Jaan_Tonisson_(Lasteleht), lk 135
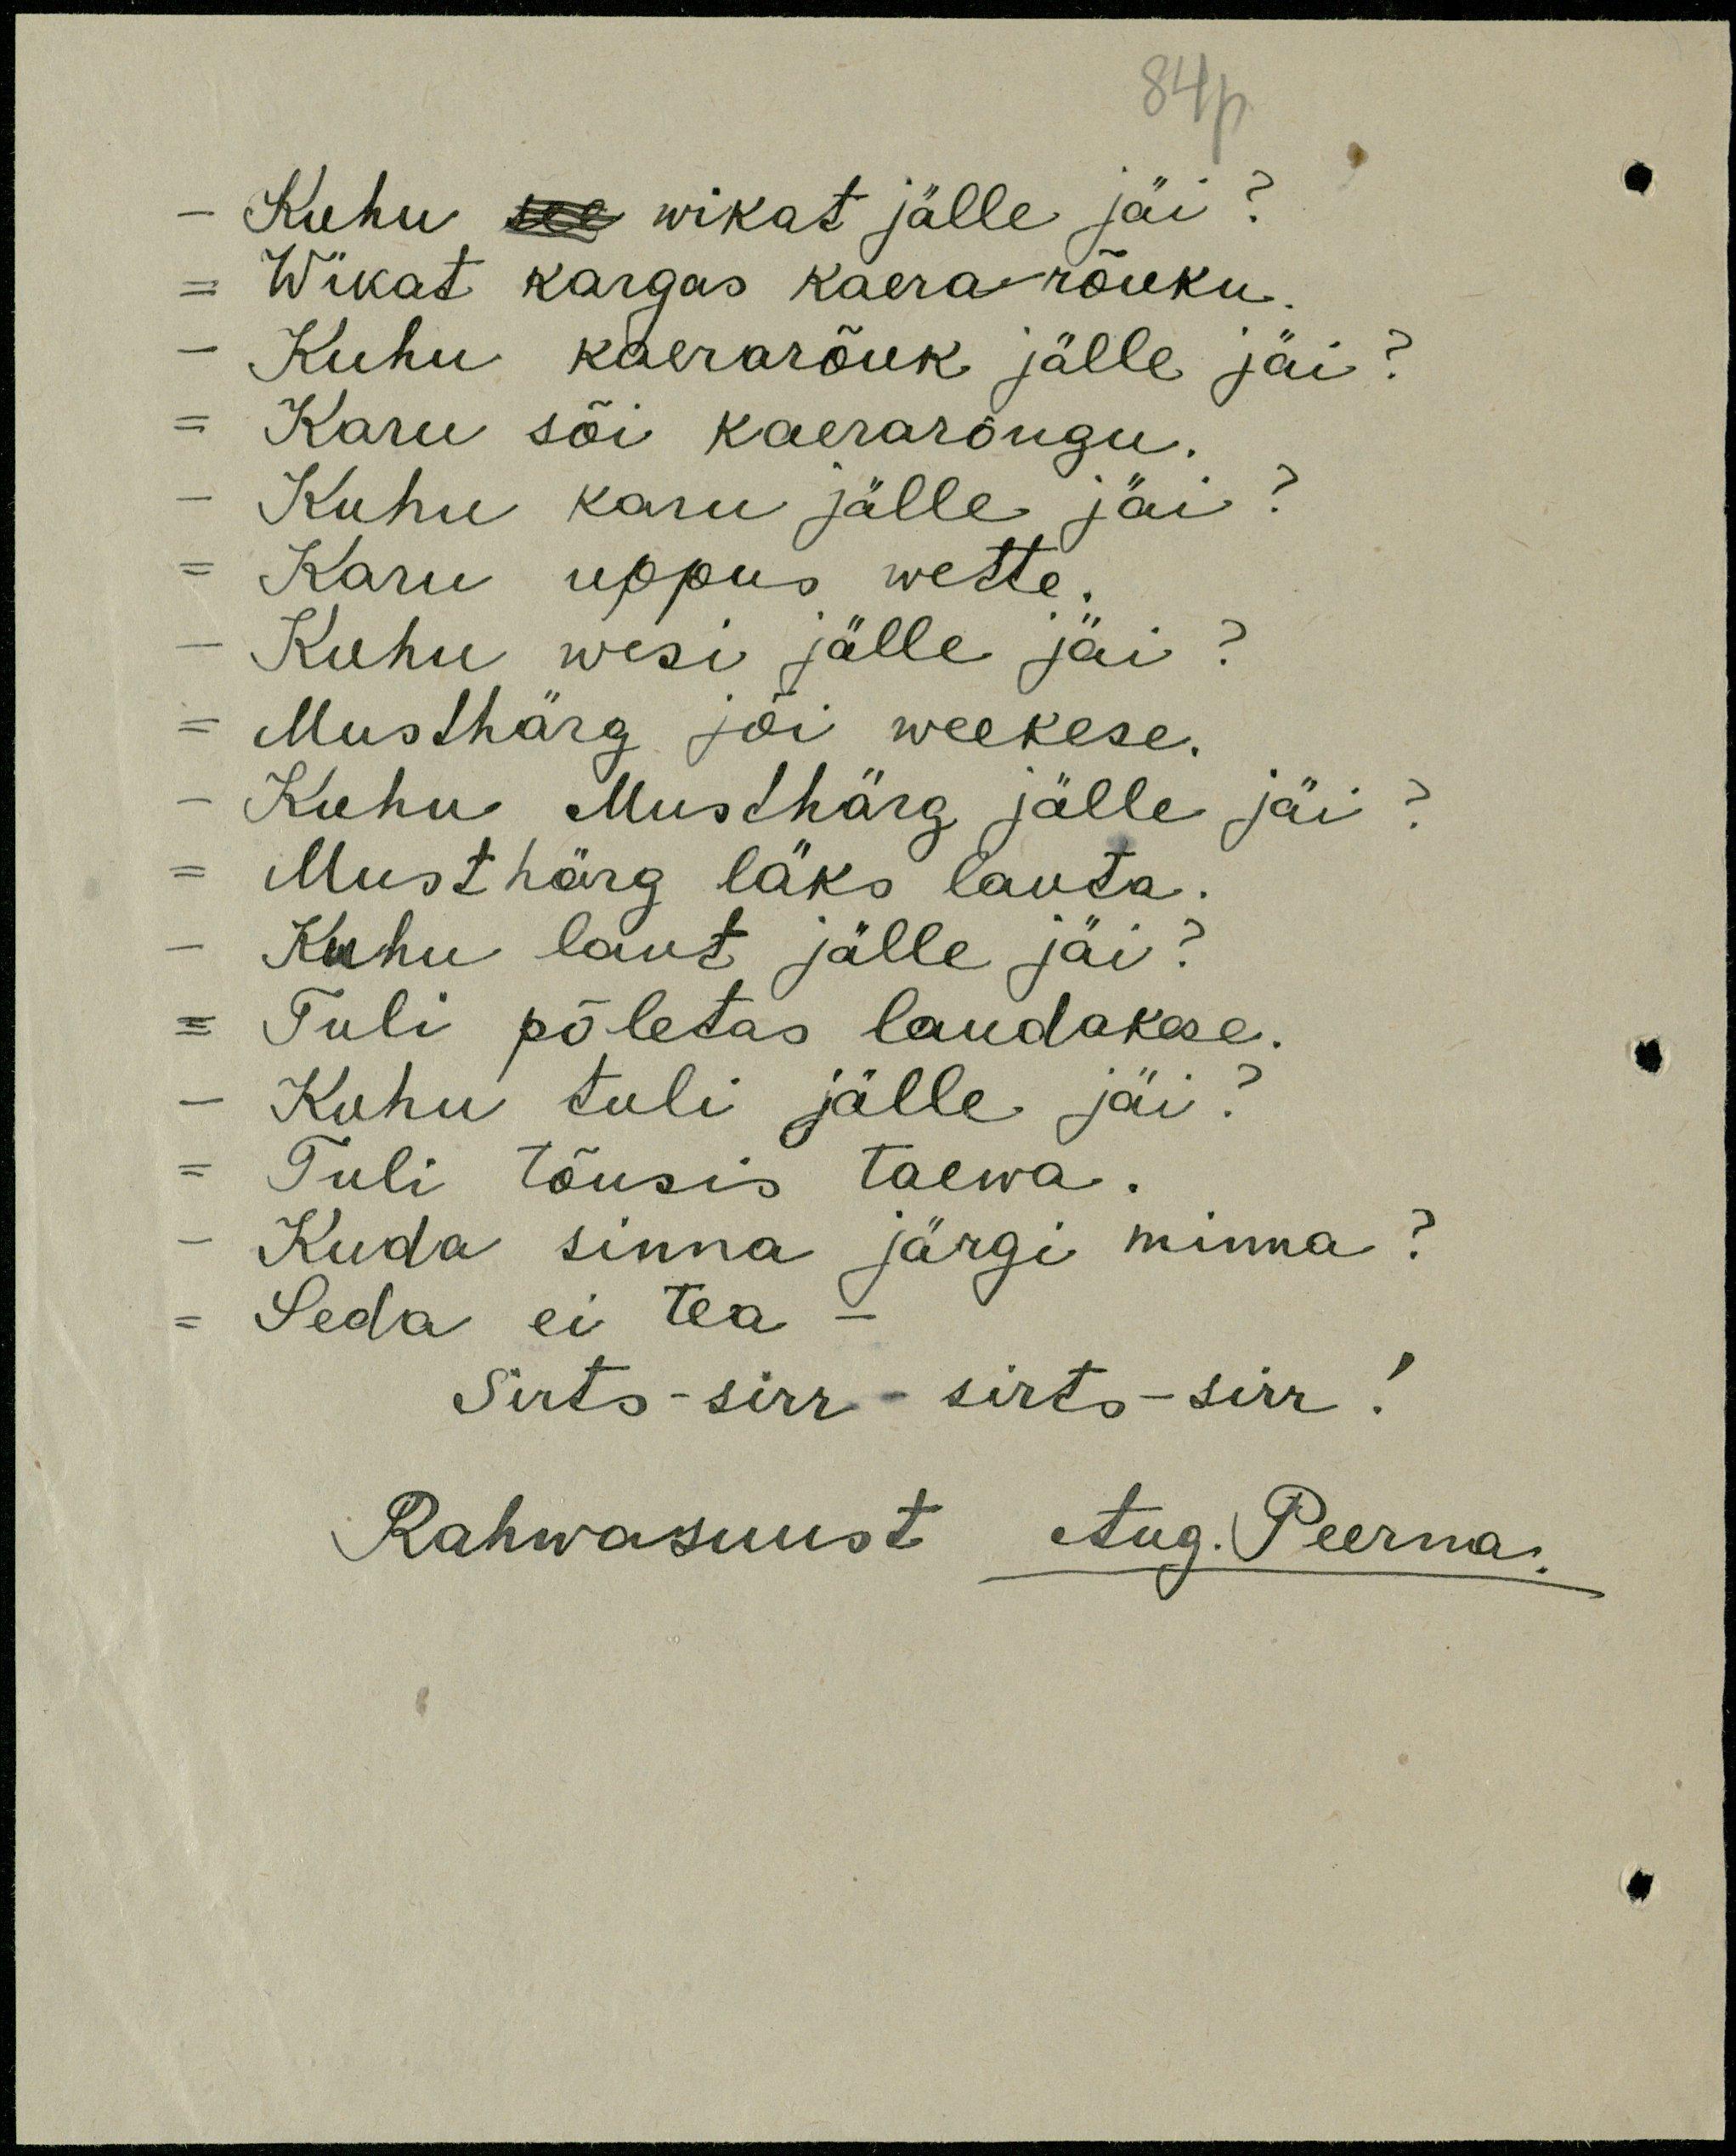
84p
Kuhu see wikat jälle jäi?
- Wikat kargas kaerarõuku.
Kuhu kaerarõuk jälle jäi?
Karu sõi kaerarõugu.
Kuhu karu jälle jäi?
Karu uppus wette.
Kuhu wesi jälle jäi?
Musthärg jõi weekese.
Kuhu Musthärg jälle jäi?
Musthärg läks lauta.
Kuhu laut jälle jäi?
- Tuli põletas laudakese.
Kuhu tuli jälle jäi:
Tuli tõusis taewa.
Kuda sinna järgi minna?
- Seda ei tea -
Sirts-sirr - sirts-sirr!
Rahwasuust Aug. Peerna.